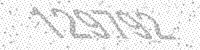
Solution: 129792